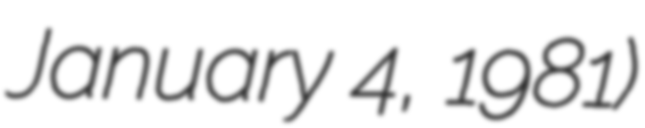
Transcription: January 4, 1981)